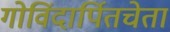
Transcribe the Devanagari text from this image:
गोविंदार्पितचेता